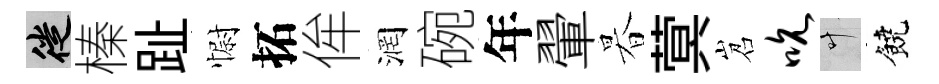
徙榛趾𢠢拓侔润碗年翬暮蓂岧吮叶饒